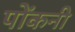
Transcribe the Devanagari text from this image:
पोंकनी